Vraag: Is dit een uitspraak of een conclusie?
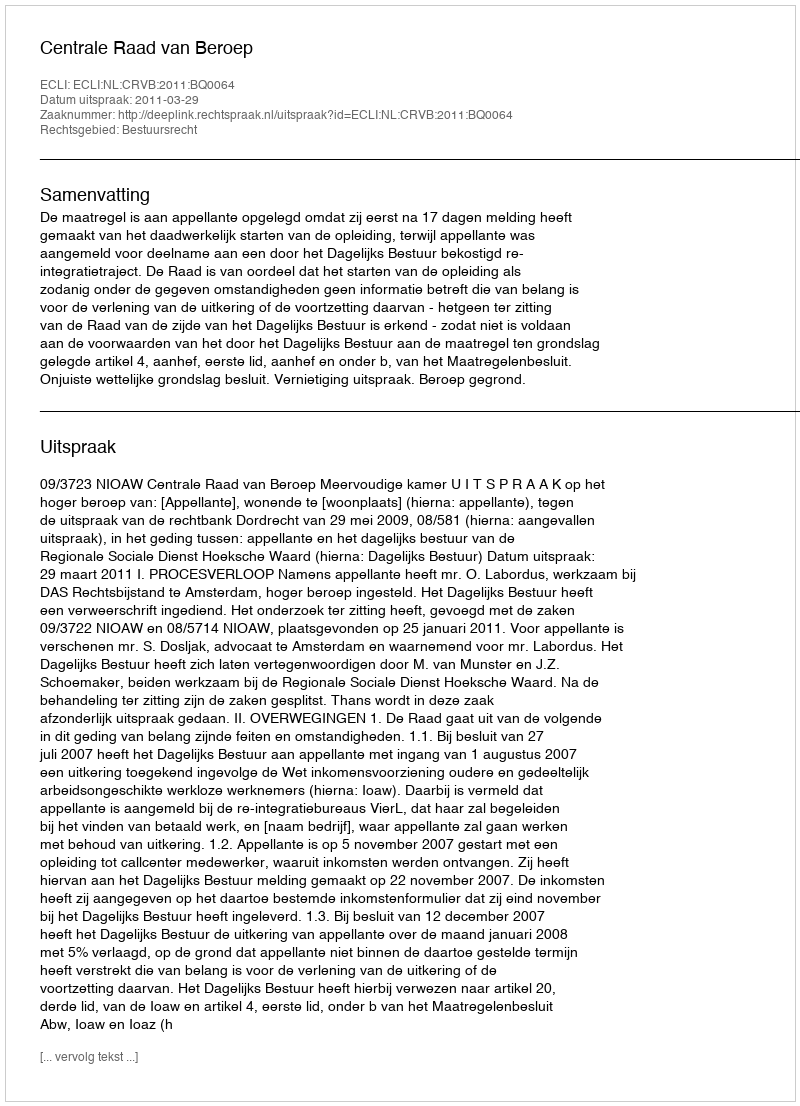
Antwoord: Uitspraak